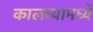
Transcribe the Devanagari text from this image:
कालव्यामध्ये